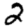
Digit: 2